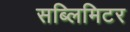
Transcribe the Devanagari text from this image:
सब्लिमिटर